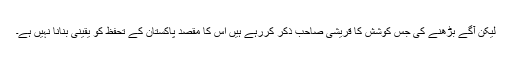
لیکن آگے بڑھنے کی جس کوشش کا قریشی صاحب ذکر کررہے ہیں اس کا مقصد پاکستان کے تحفظ کو یقینی بنانا نہیں ہے۔